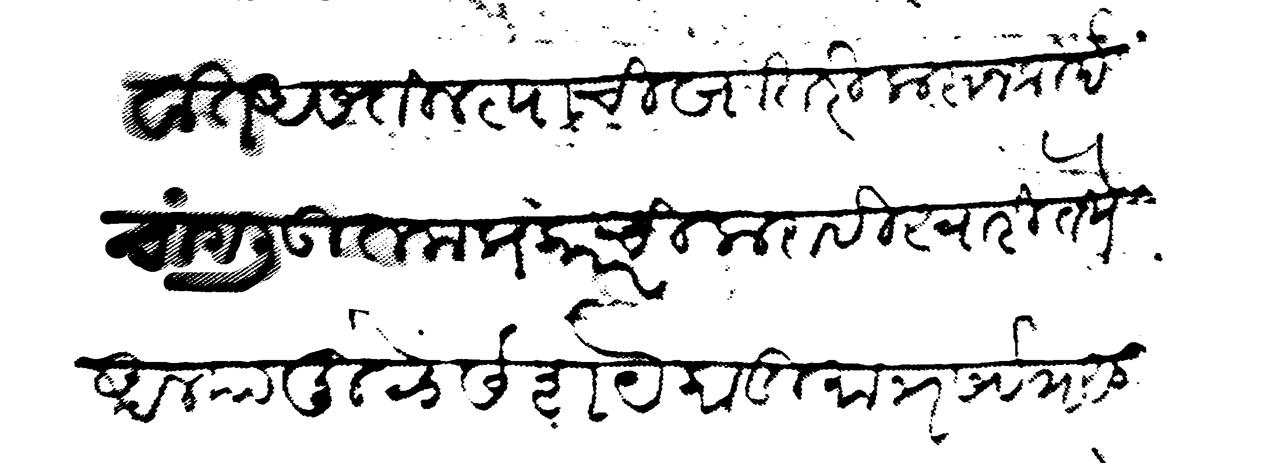
Transliteration (Devanagari): गावात असतील त्याची खातरी करुन कीर्द चांगली उतम प्रकारची करावी स्वारी तेथे आल्यामुळे संशये काडीमात्र सर्वत्र सुध्धा